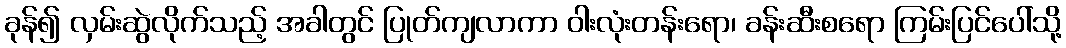
ခုန်၍ လှမ်းဆွဲလိုက်သည့် အခါတွင် ပြုတ်ကျလာကာ ဝါးလုံးတန်းရော၊ ခန်းဆီးစရော ကြမ်းပြင်ပေါ်သို့